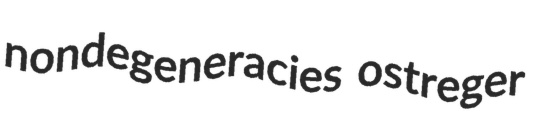
nondegeneracies ostreger